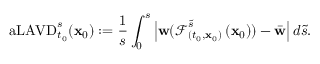
\mathrm { a L A V D } _ { t _ { 0 } } ^ { s } ( \mathbf { x } _ { 0 } ) : = \frac { 1 } { s } \int _ { 0 } ^ { s } \left| \mathbf { w } ( \boldsymbol { \mathcal { F } } _ { ( t _ { 0 } , \mathbf { x } _ { 0 } ) } ^ { \tilde { s } } \left( \mathbf { x } _ { 0 } \right) ) - \bar { \mathbf { w } } \right| d \tilde { s } .